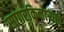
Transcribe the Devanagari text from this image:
सागरकिनार्‍याचे